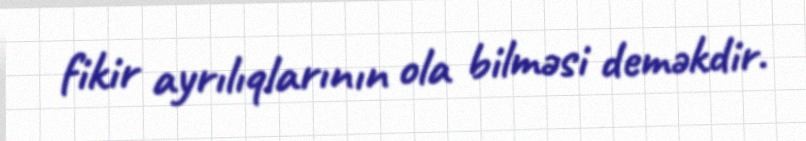
fikir ayrılıqlarının ola bilməsi deməkdir.